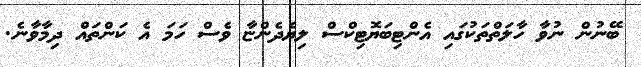
ބޭނުން ނުވާ ހާލަތްތަކުގައި އެންޓިބަޔޮޓިކްސް ލިޔެދެންޏާ ވެސް ހަމަ އެ ކަންތައް ދިމާވާނެ.